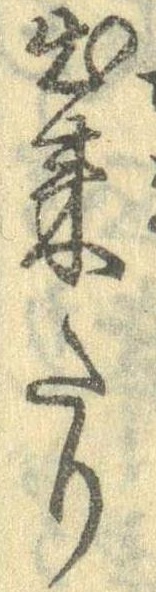
出来たり